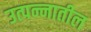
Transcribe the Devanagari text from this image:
उत्पन्‍नातील